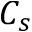
C _ { s }